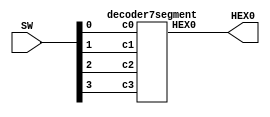
module hex(HEX0, SW);
	input [3:0] SW;
	output [6:0] HEX0;
	
	decoder7segment u0(
		.c0(SW[0]),
		.c1(SW[1]),
		.c2(SW[2]),
		.c3(SW[3]),
		.HEX0(HEX0)
		);
endmodule

module decoder7segment(c3, c2, c1, c0, HEX0);
	input c3, c2, c1, c0;
	output [6:0] HEX0;
	
	assign HEX0[0] = ~c3 & ~c2 & ~c1 & c0 | ~c3 & c2 & ~c1 & ~c0 | c3 & c2 & ~c1 & c0 | c3 & ~c2 & c1 & c0;
	assign HEX0[1] = c3 & c2 & ~c0 | c1 & c0 & c3 | c1 & ~c0 & c2 | ~c3 & c2 & ~c1 & c0;
	assign HEX0[2] = ~c3 & ~c2 & c1 & ~c0 | c3 & c2 & ~c0 | c3 & c2 & c1;
	assign HEX0[3] = ~c3 & c2 & ~c1 & ~c0 | ~c3 & ~c2 & ~c1 & c0 | c1 & c0 & c2 | c3 & ~c2 & c1 & ~c0;
	assign HEX0[4] = ~c3 & c0 | ~c1 & c0 & ~c2 | ~c3 & c2 & ~c1;
	assign HEX0[5] = c3 & c2 & ~c1 & c0 | ~c3 & ~c2 & c0 | ~c3 & ~c2 & c1 | c1 & c0 & ~c3;
	assign HEX0[6] = ~c3 & ~c2 & ~c1 | c3 & c2 & ~c1 & ~c0 | ~c3 & c2 & c1 & c0;
endmodule